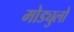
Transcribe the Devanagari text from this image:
मोड्युलो